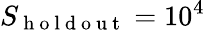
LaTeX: S_{\mathrm{~h~o~l~d~o~u~t~}}=10^{4}